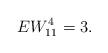
LaTeX: \begin{align*} EW_{11}^{4}=3.\end{align*}